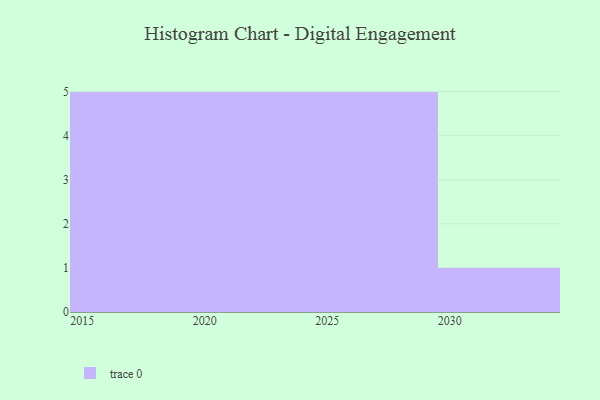
{"axis": {"x": "Year", "y": "Inventory Turnover"}, "legend": [""], "data": [{"x": "2021", "y": 14, "type": ""}, {"x": "2016", "y": 83, "type": ""}, {"x": "2019", "y": 6, "type": ""}, {"x": "2022", "y": 9, "type": ""}, {"x": "2017", "y": 82, "type": ""}, {"x": "2024", "y": 70, "type": ""}, {"x": "2026", "y": 5, "type": ""}, {"x": "2027", "y": 90, "type": ""}, {"x": "2023", "y": 25, "type": ""}, {"x": "2028", "y": 86, "type": ""}, {"x": "2015", "y": 17, "type": ""}, {"x": "2029", "y": 27, "type": ""}, {"x": "2018", "y": 34, "type": ""}, {"x": "2025", "y": 48, "type": ""}, {"x": "2030", "y": 49, "type": ""}, {"x": "2020", "y": 99, "type": ""}]}